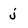
Character: j